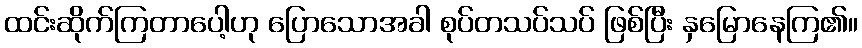
ထင်းဆိုက်ကြတာပေါ့ဟု ပြောသောအခါ စုပ်တသပ်သပ် ဖြစ်ပြီး နှမြောနေကြ၏။